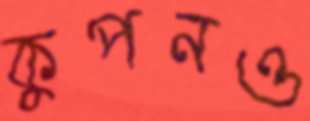
কুপনও